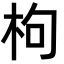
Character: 枸